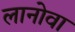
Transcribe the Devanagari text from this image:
लानोवा